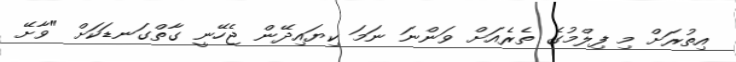
އިތުރަށް މި ފިލްމުގެ ތެރެއަށް ވަންނަ ނަމަ ކިޔައިދޭން ޖެހޭނީ ގާތްގަނޑަކަށް "ވާށޭ